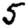
Digit: 5